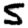
Digit: 5